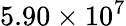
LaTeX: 5.90\times 10^{7}